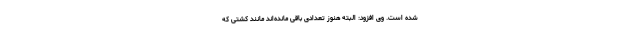
شده است. وی افزود: البته هنوز تعدادی باقی مانده‌اند مانند کشتی که